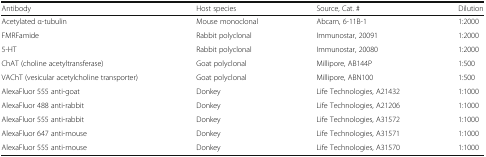
<table><thead><tr><td><b>Antibody</b></td><td><b>Host species</b></td><td><b>Source, Cat. #</b></td><td><b>Dilution</b></td></tr></thead><tbody><tr><td>Acetylated α-tubulin</td><td>Mouse monoclonal</td><td>Abcam, 6-11B-1</td><td>1:2000</td></tr><tr><td>FMRFamide</td><td>Rabbit polyclonal</td><td>Immunostar, 20091</td><td>1:2000</td></tr><tr><td>5-HT</td><td>Rabbit polyclonal</td><td>Immunostar, 20080</td><td>1:2000</td></tr><tr><td>ChAT (choline acetyltransferase)</td><td>Goat polyclonal</td><td>Millipore, AB144P</td><td>1:500</td></tr><tr><td>VAChT (vesicular acetylcholine transporter)</td><td>Goat polyclonal</td><td>Millipore, ABN100</td><td>1:500</td></tr><tr><td>AlexaFluor 555 anti-goat</td><td>Donkey</td><td>Life Technologies, A21432</td><td>1:1000</td></tr><tr><td>AlexaFluor 488 anti-rabbit</td><td>Donkey</td><td>Life Technologies, A21206</td><td>1:1000</td></tr><tr><td>AlexaFluor 555 anti-rabbit</td><td>Donkey</td><td>Life Technologies, A31572</td><td>1:1000</td></tr><tr><td>AlexaFluor 647 anti-mouse</td><td>Donkey</td><td>Life Technologies, A31571</td><td>1:1000</td></tr><tr><td>AlexaFluor 555 anti-mouse</td><td>Donkey</td><td>Life Technologies, A31570</td><td>1:1000</td></tr></tbody></table>